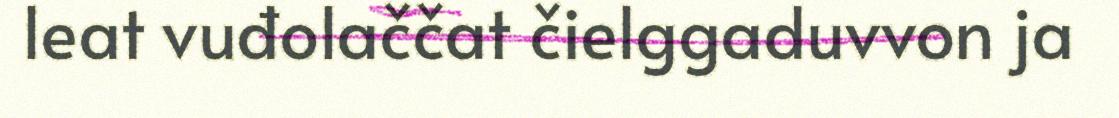
leat vuđolaččat čielggaduvvon ja